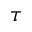
\tau